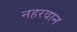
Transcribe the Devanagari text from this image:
नहरवान